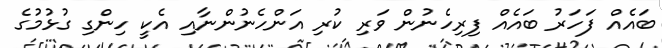
ބައެއް ފަހަރު ބައެއް ފިރިހެނުން ވަރި ކުރި އަންހެނުންނާއި އެކީ ހިންގި ގުޅުމުގެ